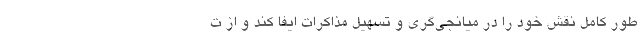
طور کامل نقش خود را در میانجی‌گری و تسهیل مذاکرات ایفا کند و از ت